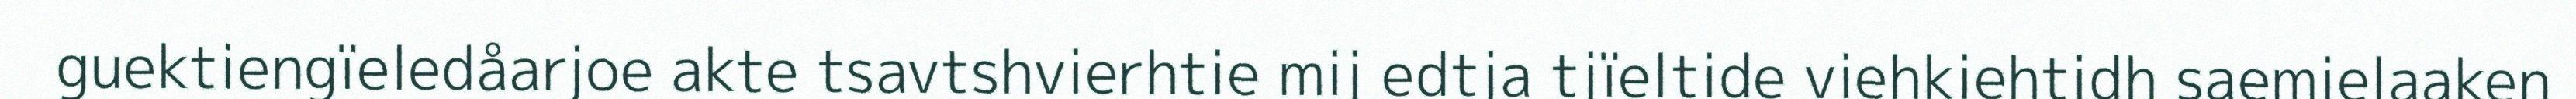
guektiengïeledåarjoe akte tsavtshvierhtie mij edtja tjïeltide viehkiehtidh saemielaaken